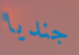
جنديا